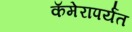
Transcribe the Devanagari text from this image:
कॅमेरापर्यंत